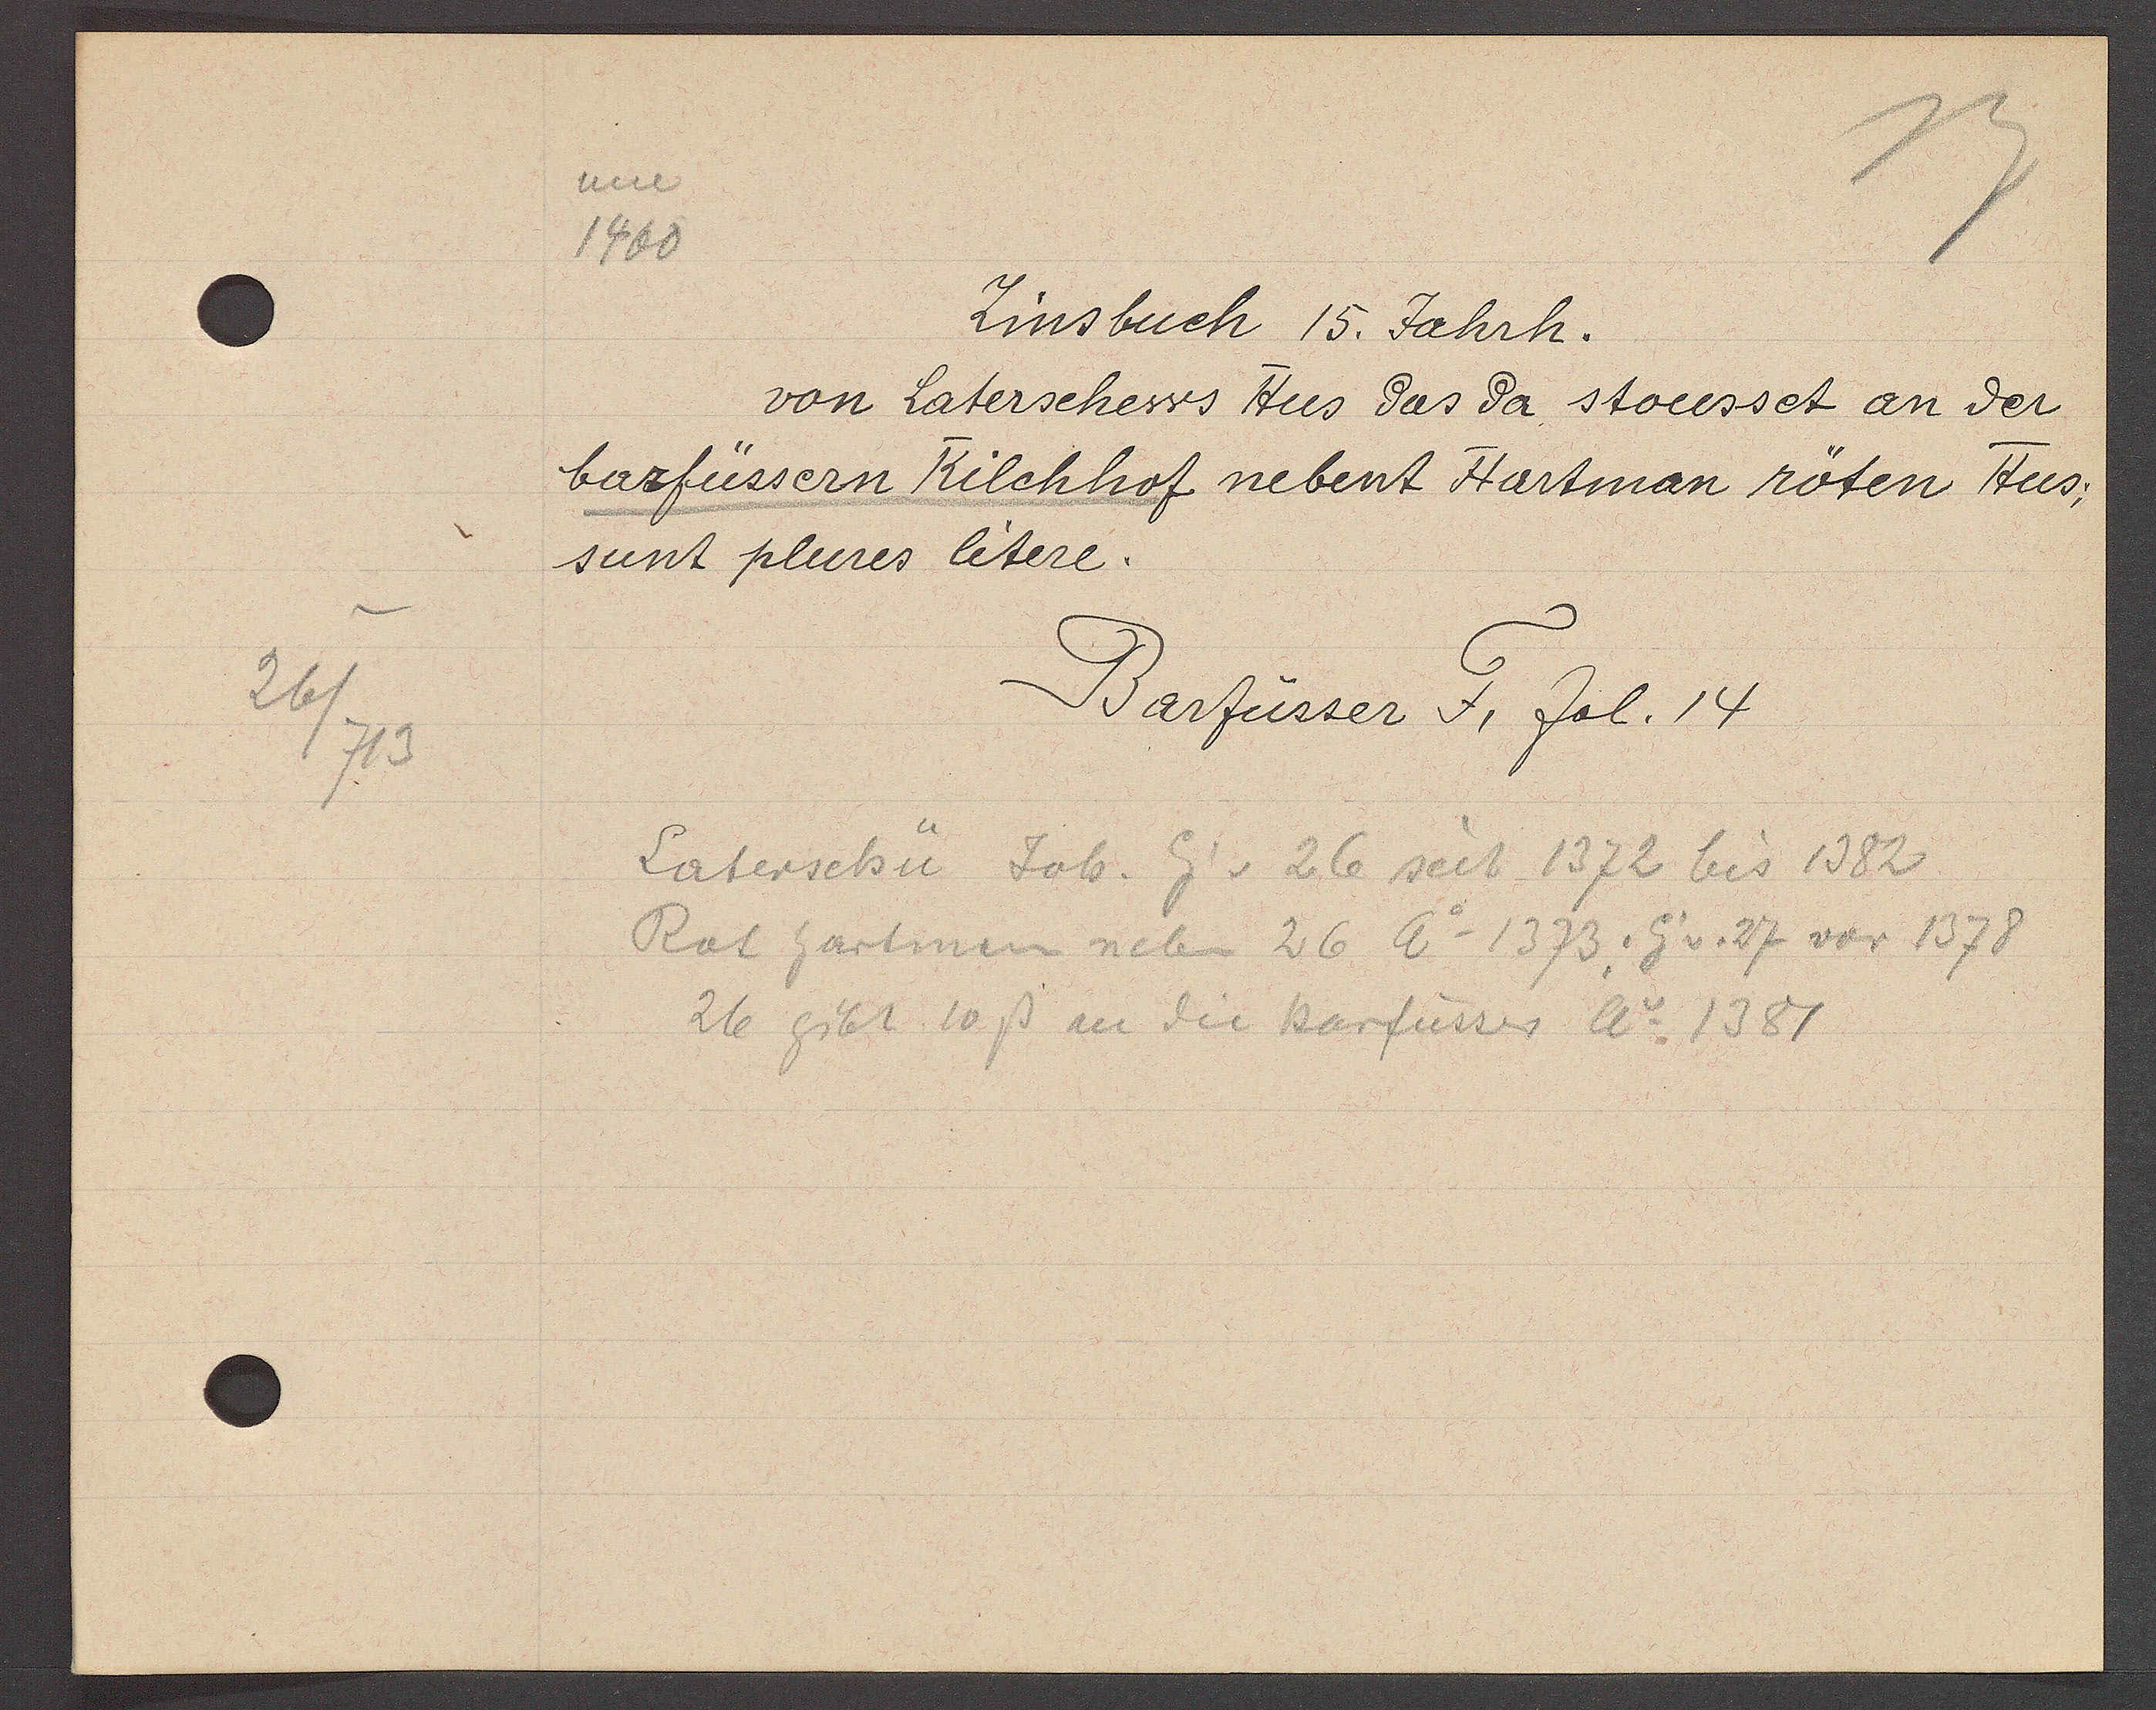
Transcript:
26.
713

um
1400

Zinsbuch 15. Jahrh.

von Laterschews Hus das da stousset an der
barfüssern Kilchhof nebent Hartman röten Hus,
sunt plures litere.

Barfüsser F, fol. 14

Laterschü Joh. Eig v. 26 seit 1372 bis 1382
Rat hartman neben 26 Ao 1373, Eig v. 27 vor 1378
26 gibt 10 ß an die Barfüsser Ao 1381